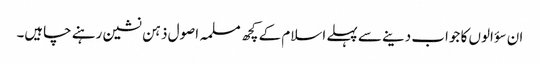
ان سؤالوں کا جواب دینے سے پہلے اسلام کے کچھ مسلمہ اصول ذہن نشین رہنے چاہیں۔